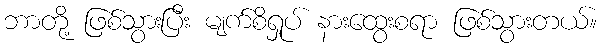
ဘာတို့ ဖြစ်သွားပြီး မျက်စိရှုပ် နားထွေးစရာ ဖြစ်သွားတယ်။